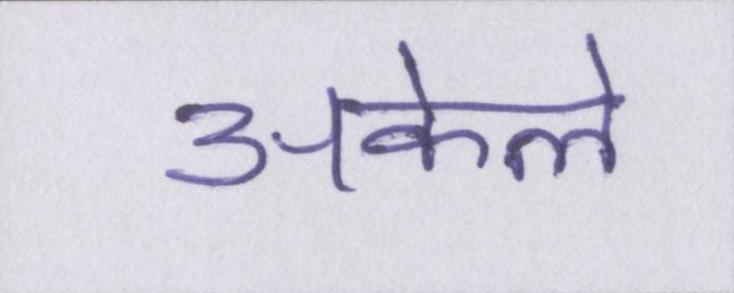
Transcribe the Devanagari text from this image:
अकेले